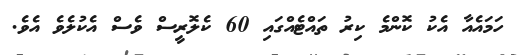
ހަމައެއާ އެކު ކޮންމެ ކިރު ތައްޓެއްގައި 60 ކެލޮރީސް ވެސް އެކުލެވެ އެވެ.